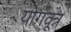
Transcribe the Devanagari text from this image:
योगवूत्र